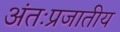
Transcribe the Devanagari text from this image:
अंतःप्रजातीय